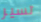
تسير